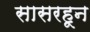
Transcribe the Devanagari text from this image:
सासरहून